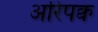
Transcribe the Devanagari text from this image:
अरिपक्व